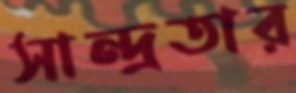
সান্দ্রতার